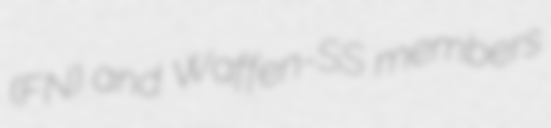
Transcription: (FN) and Waffen-SS members